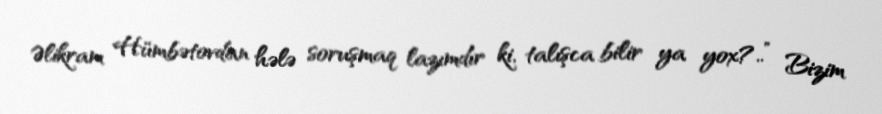
Əlikram Hümbətovdan hələ soruşmaq lazımdır ki, talışca bilir ya yox?..” Bizim